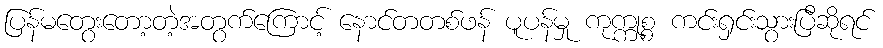
ပြန်မတွေးတော့တဲ့အတွက်ကြောင့် နောင်တတစ်ဖန် ပူပန်မှု ကုက္ကုစ္စ ကင်းရှင်းသွားပြီဆိုရင်